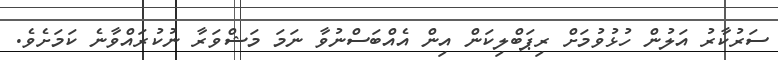
ސަރުކާރު އަލުން ހުޅުވުމަށް ރިޕަބްލިކަން އިން އެއްބަސްނުވާ ނަމަ މަޝްވަރާ ނުކުރައްވާނެ ކަމަށެވެ.